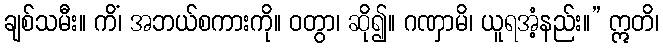
ချစ်သမီး။ ကိံ၊ အဘယ်စကားကို။ ဝတွာ၊ ဆို၍။ ဂဏှာမိ၊ ယူရအံ့နည်း။” ဣတိ၊